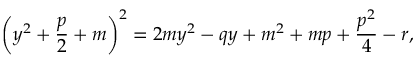
\left( y ^ { 2 } + { \frac { p } { 2 } } + m \right) ^ { 2 } = 2 m y ^ { 2 } - q y + m ^ { 2 } + m p + { \frac { p ^ { 2 } } { 4 } } - r ,